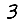
Digit: 3